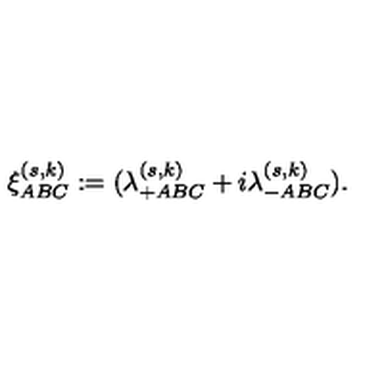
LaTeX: \xi _ { A B C } ^ { ( s , k ) } : = ( \lambda _ { + A B C } ^ { ( s , k ) } + i \lambda _ { - A B C } ^ { ( s , k ) } ) .